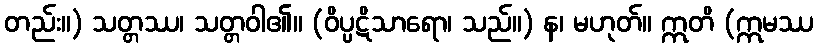
တည်း။) သတ္တဿ၊ သတ္တဝါ၏။ (ဝိပ္ပဋိသာရော၊ သည်။) န၊ မဟုတ်။ ဣတိ (ဣမဿ